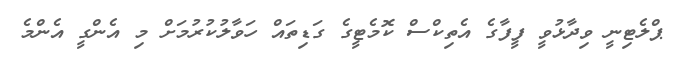
ޕްލެޓިނީ ވިދާޅުވީ ފީފާގެ އެތިކްސް ކޮމެޓީގެ ގަޑިތައް ހަވާލުކުރުމަށް މި އެންގީ އެންމެ